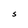
Character: S